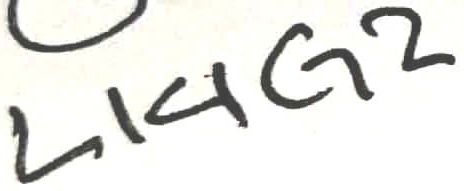
Text: L14G2